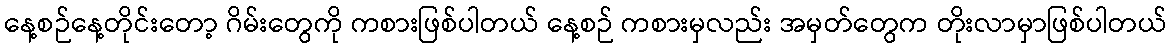
နေ့စဉ်နေ့တိုင်းတော့ ဂိမ်းတွေကို ကစားဖြစ်ပါတယ် နေ့စဉ် ကစားမှလည်း အမှတ်တွေက တိုးလာမှာဖြစ်ပါတယ်